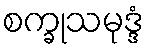
စက္ခုသမုဒ္ဒံ